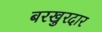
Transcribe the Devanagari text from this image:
बरखुरदार